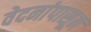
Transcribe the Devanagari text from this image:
वेदनांपासून